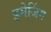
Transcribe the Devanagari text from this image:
इमेजिंग